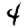
Digit: 4